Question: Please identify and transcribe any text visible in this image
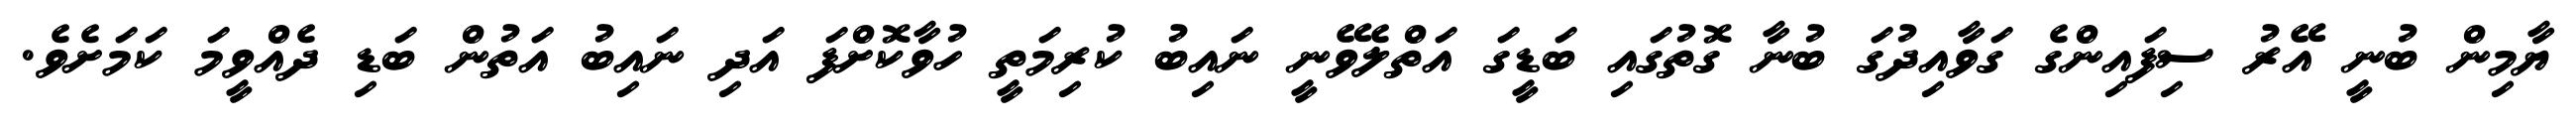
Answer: ޔާމިން ބުނީ އޭރު ސިފައިންގެ ގަވާއިދުގަ ބުނާ ގޮތުގައި ބަޑީގަ އަތްލެވޭނީ ނައިބު ކުރިމަތީ ހުވާކޮށްފަ އަދި ނައިބު އަތުން ބަޑި ދެއްވީމަ ކަމަށެވެ.